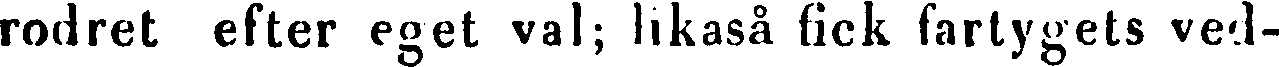
rodret efter eget val; likaså fick fartygets ved-